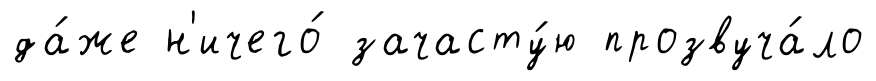
да́же н'ичего́ зачасту́ю прозвуча́ло